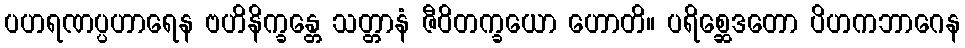
ပဟရဏပ္ပဟာရေန ဗဟိနိက္ခန္တေ သတ္တာနံ ဇီဝိတက္ခယော ဟောတိ။ ပရိစ္ဆေဒတော ပိဟကဘာဂေန